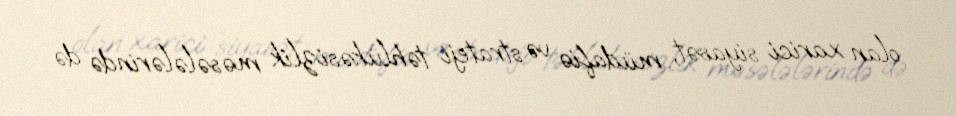
olan xarici siyasət, müdafiə və strateji təhlükəsizlik məsələlərində də